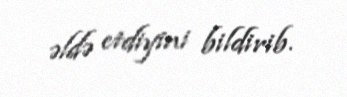
əldə etdiyini bildirib.